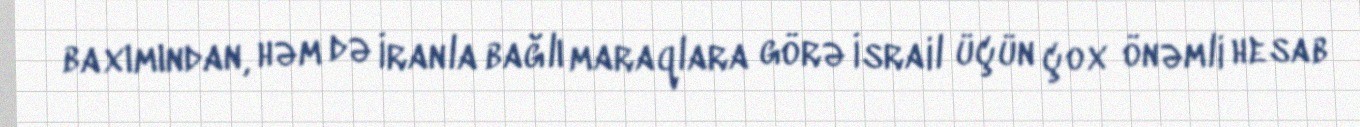
baxımından, həm də İranla bağlı maraqlara görə İsrail üçün çox önəmli hesab